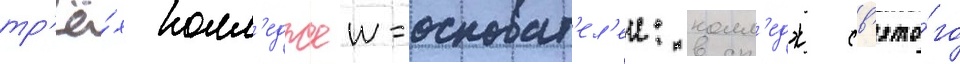
тр'ё́х колл'еджеи-основат'ел'еи: колл'едж св'ято́го